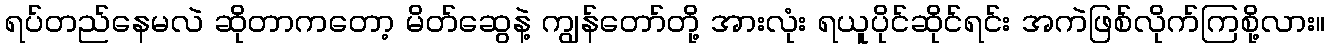
ရပ်တည်နေမလဲ ဆိုတာကတော့ မိတ်ဆွေနဲ့ ကျွန်တော်တို့ အားလုံး ရယူပိုင်ဆိုင်ရင်း အကဲဖြစ်လိုက်ကြစို့လား။